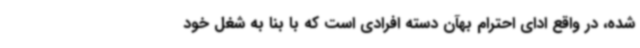
شده، در واقع ادای احترام بهآن دسته افرادی است که با بنا به شغل خود